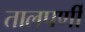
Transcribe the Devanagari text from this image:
तालपर्णी